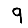
Digit: 9